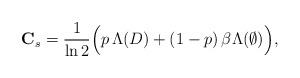
LaTeX: \begin{align*}\mathbf C_s = \frac{1}{\ln2 }\Big(p\,\Lambda(D)+\left(1-p\right)\beta\Lambda(\emptyset)\Big),\end{align*}